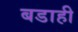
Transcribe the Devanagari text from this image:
बडाही